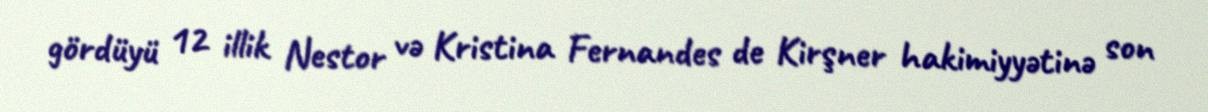
gördüyü 12 illik Nestor və Kristina Fernandes de Kirşner hakimiyyətinə son